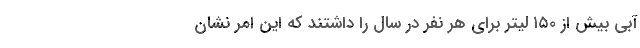
آبی بیش از ۱۵۰ لیتر برای هر نفر در سال را داشتند که این امر نشان